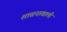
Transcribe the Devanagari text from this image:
शासनाखाली